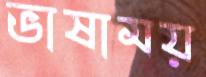
ভাষাময়